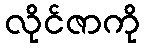
လိုင်ဇာကို